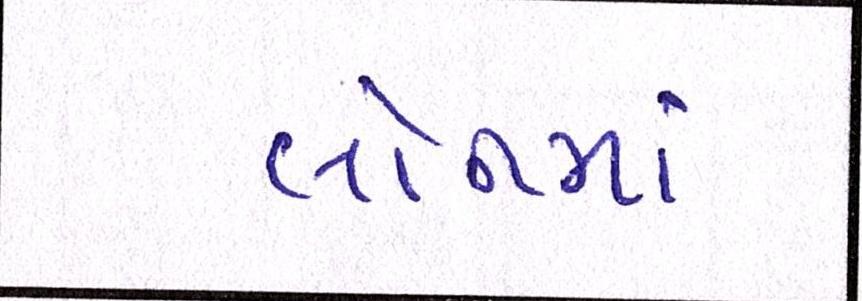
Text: લોનમાં